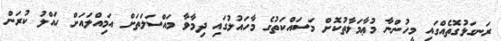
ރަނގަޅުގޮތެއްގައި މީހުންނާ މުޢާމަލާތުކޮށް މަސައްކަތުގެ މާހައުލުގައި ދިމާވާ މައްސަލަތަށް އަމިއްލައަށް ހައްލު ކުރަން